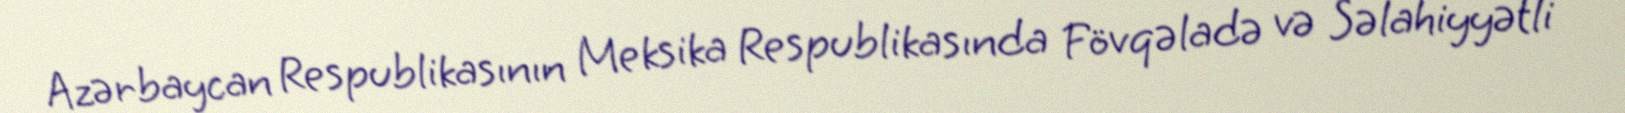
Azərbaycan Respublikasının Meksika Respublikasında Fövqəladə və Səlahiyyətli